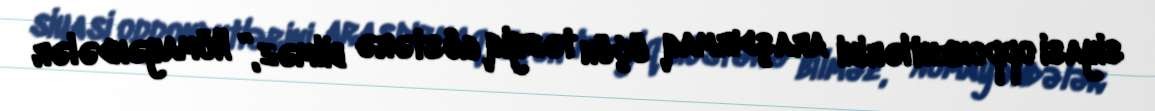
siyasi opponentlərini araşdırmaq üçün təzyiq göstərə bilməz,” Nümayəndələr